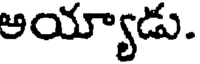
అయ్యాడు.